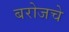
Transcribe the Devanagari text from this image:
बरोजचे